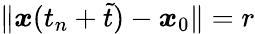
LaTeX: \| {\boldsymbol x}(t_{n}+\tilde{t})-{\boldsymbol x}_{0}\| =r